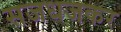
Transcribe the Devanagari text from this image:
सजधजकर